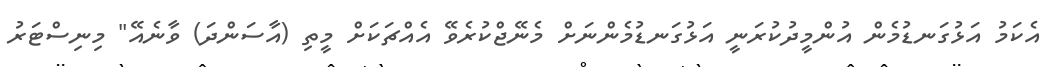
އެކަމު އަޅުގަނޑުމެން އުންމީދުކުރަނީ އަޅުގަނޑުމެންނަށް މެނޭޖްކުރެވޭ އެއްޗަކަށް މީތި (އާސަންދަ) ވާނެއޭ" މިނިސްޓަރު